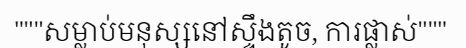
"""សម្លាប់មនុស្សនៅស្ទឹងតូច, ការផ្លាស់"""